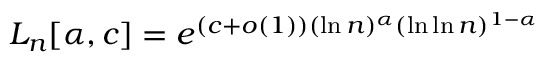
L _ { n } [ \alpha , c ] = e ^ { ( c + o ( 1 ) ) ( \ln n ) ^ { \alpha } ( \ln \ln n ) ^ { 1 - \alpha } }